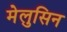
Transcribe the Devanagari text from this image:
मेलुसिन